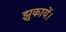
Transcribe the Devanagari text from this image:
झुकायें।